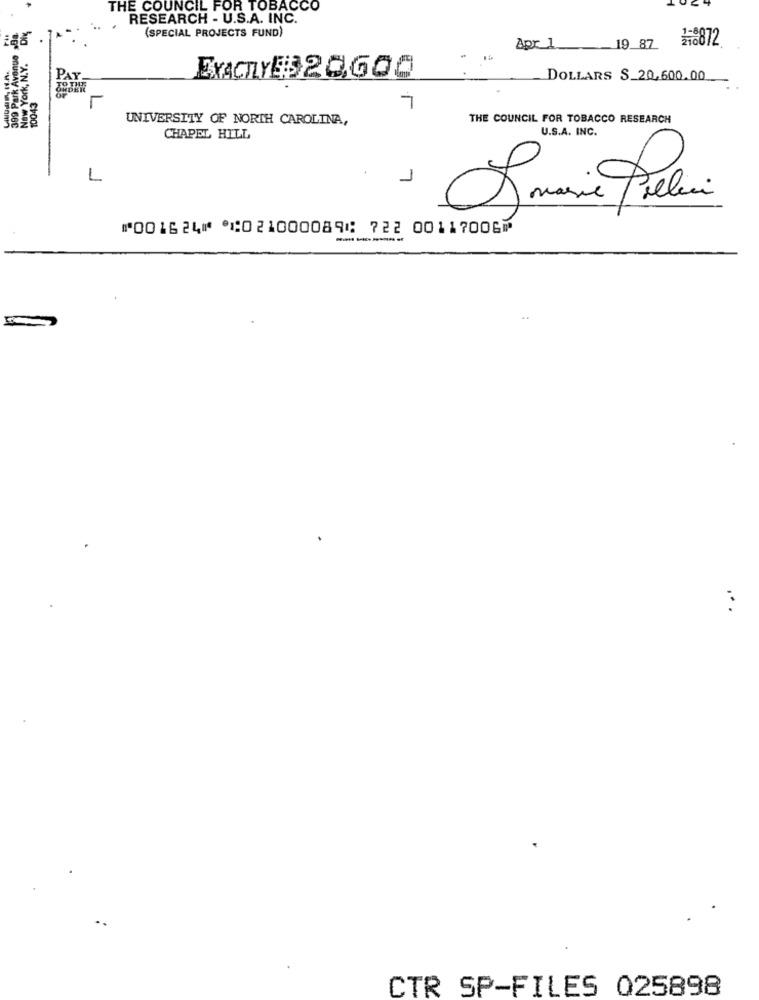
THE COUNCIL FOR TOBACCO
RESEARCH - U.S.A. INC.
399 Park Avenue B
(SPECIAL PROJECTS FUND)
글 872
New York, N.Y.
Apc1
19_87
EXACTLY$ 20,600
DOLLARS S_20,600.00
10043
7
UNIVERSITY OF NORTH CAROLINA,
THE COUNCIL FOR TOBACCO RESEARCH
U.S.A. INC.
CHAPEL HILL
L
1
Somarie Preli
⑈001624⑈ ⑆021000089⑆ 722 00117006⑈
-----
CTR SP-FILES 025898